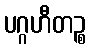
ပဂ္ဂဟီတဉ္စ